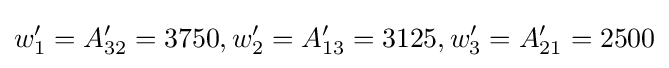
w'_{1}=A'_{32}=3750,w'_{2}=A'_{13}=3125,w'_{3}=A'_{21}=2500